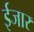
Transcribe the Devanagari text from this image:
ईजार